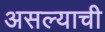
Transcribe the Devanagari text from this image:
असल्‍याची